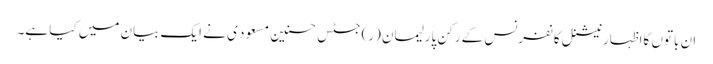
ان باتوں کااظہار نیشنل کانفرنس کے رکن پارلیمان (ر)جسٹس حسنین مسعود ی نے ایک بیان میں کیا ہے۔